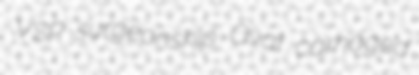
VSP surgeonship Oval carnaged